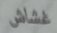
غشاش